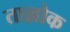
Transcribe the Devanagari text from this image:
ताल्लोक